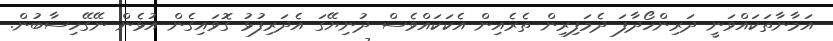
އަމާނާތަކައްވަނީ ދަރިންހޯދާފަ ދެމަފިރިން ތެރެއިން އެކަކައްވެސް ދުނިޔޭގަ އެދަރިފުޅު ގޮވައިގެން އުޅެން ނޭގޭހިސާބުން.